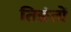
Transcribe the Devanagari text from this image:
तिङंतों